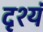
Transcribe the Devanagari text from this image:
दृश्यं